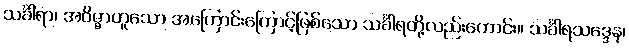
သင်္ခါရာ၊ အဝိဇ္ဇာဟူသော အကြောင်းကြောင့်ဖြစ်သော သင်္ခါရတို့လည်းကောင်း။ သင်္ခါရသဒ္ဒေန၊